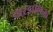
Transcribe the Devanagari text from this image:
पारडालिना